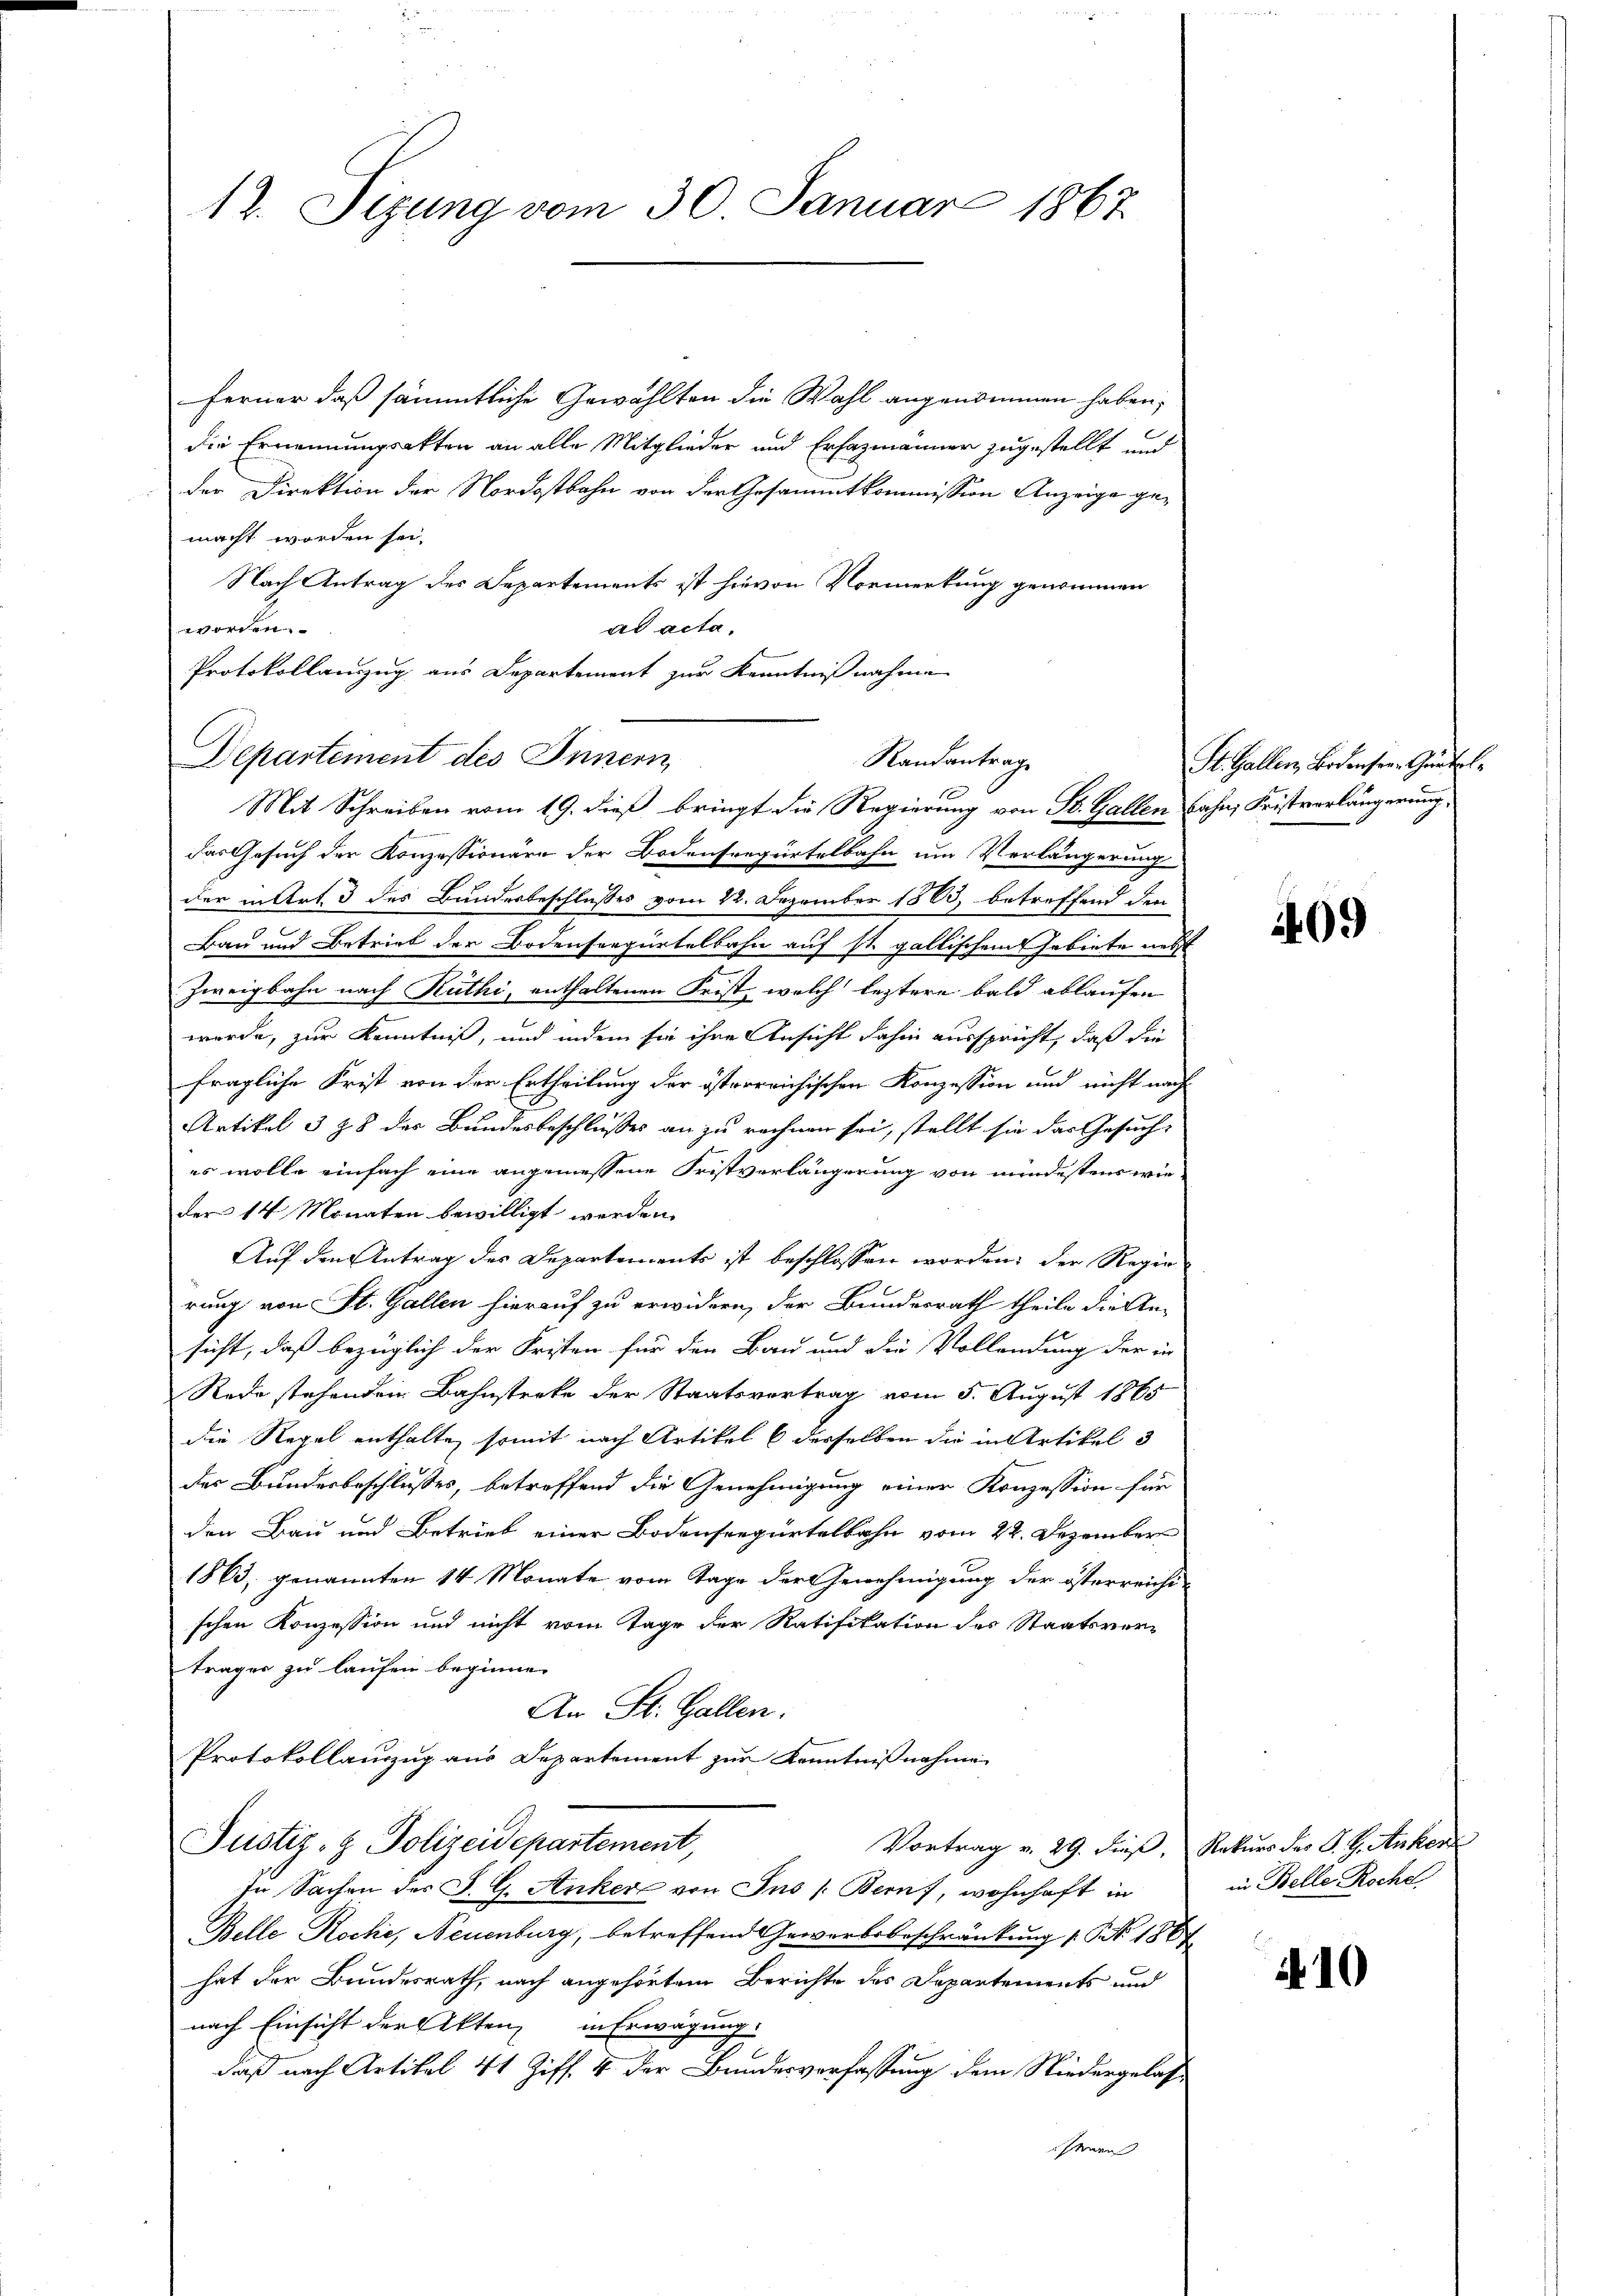
12. Sizung vom 30. Januar 1867

ferner daß sämmtliche Gewählten die Wahl angenommen haben,
die Ernennungsakten an alle Mitglieder und Erhazmänner zugestellt und
der Direktion der Nordostbahn von der Gesammtkommission Anzeige gemacht worden sei.
Nach Antrag des Departements ist hievon Vormerkung genommen
ad acta.
worden
Protokollanzug aus Departement zur Kenntnißnahme

Departement des Innern,
Randantrag
Mit Schreiben vom 19. dieß bringt die Regierung von St. Gallen Bahn, Fristvorlängerung,

das Gesuch der Konzessionäre der Bodensregürtelbahn um Verlängerung
der in Art. 3 des Bundesbeschlusses vom 22. Dezember 1883, betreffend den
Bau und Betrieb der Bodensorgurtelbahn auf st. gallischem Gebiete nett
Zweigbahn nach Rüthi, enthaltenen Frist, welch leztere bald ablaufen
werde, zur Kenntniß, und indem sie ihre Ansicht dahin ausspricht, daß die
fragliche Frist von der Ertheilung der östrerrichischen Konzession und nicht nach
Artikel 3 § 8 des Bundesbeschlusses an zu rechnen sei, stellt sie das Gesuch
es wolle einfach eine angemessene Fristverlängerung von mindestens wie
der 14 Monaten bewilligt werden.
Auf den Antrag des Departements ist beschlossen worden; der Regie
rung von St. Gallen hierauf zu erwidern, der Bundesrath theile die An-
sicht, daß bezüglich der Fristen für den Bau und die Vollendung der in
Rede stehenden Bahnstecke der Staatsvertrag vom 5. August 1865
die Regel enthalte, somit nach Artikel 6 derselben die in Artikel 3
des Bundesbeschlusses, betreffend die Genehmigung einer Konzession für
den Bau und Betrieb einer Bodenseepürtelbahn vom 22. Dezember
1863, genannten 14 Monate vom Tage der Genehmigung der österreichi-
schen Konzession und nicht vom Tage der Ratifikation des Staatsver-
trages zu laufen beginne.
An St. Gallen.
Protokollauszug aus Departement zur Kenntnißnahmen
Justiz- & Polizeidepartement,
Vortrag v. 29. dieß, Rekurs des S. H. Anken
In Sachen des J. G. Anker von Ins (Bern), wohnhaft in
Belle Rochi, Neuenburg, betreffend Gewerbsbeschränkung 1. No 1867
hat der Bundesrath, nach angehörtem Berichte des Departements und
nach Einsicht der Akten in Erwägung.
daß nach Artikel 41 Ziff. 4 der Bundesverfassung dem Niedergelassenen |

St. Gallen, Bodensere Gurtel¬

409

in Belle Roche

N 10